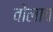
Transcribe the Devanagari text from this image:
वोलाच